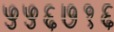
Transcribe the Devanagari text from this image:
५५६७१६